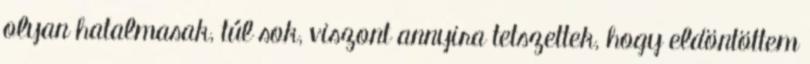
olyan hatalmasak, túl sok, viszont annyira tetszettek, hogy eldöntöttem